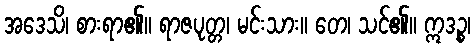
အဒေသိ၊ စားရာ၏။ ရာဇပုတ္တ၊ မင်းသား။ တေ၊ သင်၏။ ဣဒဉ္စ၊